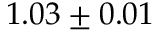
1 . 0 3 \pm 0 . 0 1